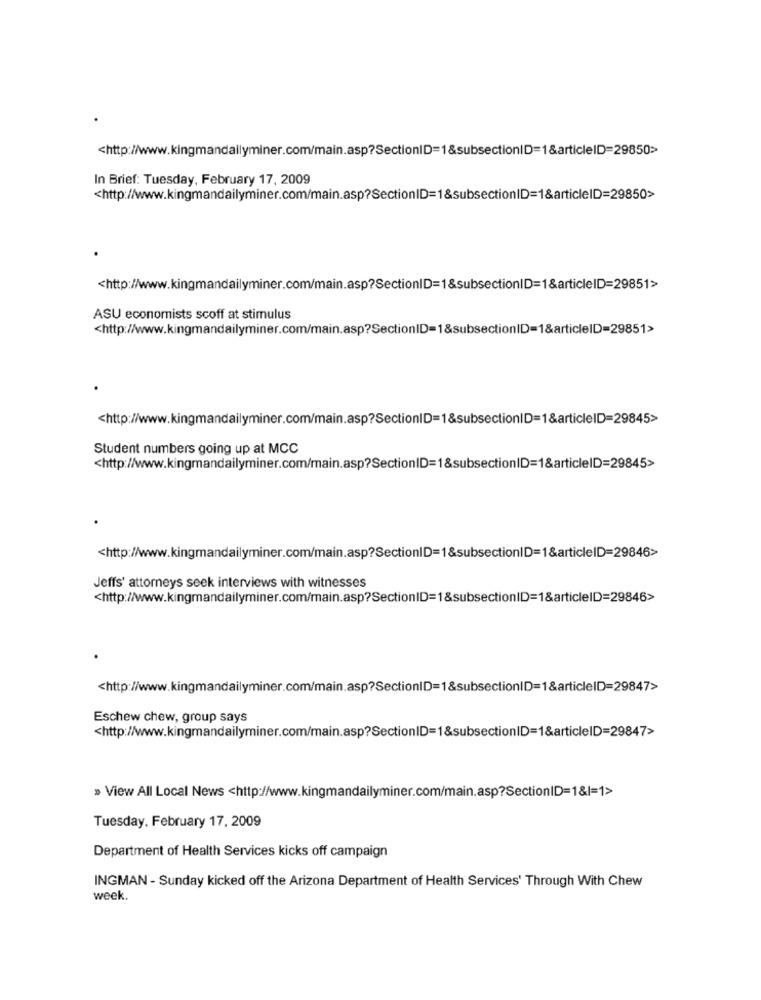
<http://www.kingmandallyminer.com/main.asp?SectionID=1&subsectionID=1&articleID=29850>>
In Brief: Tuesday, February 17, 2009
<http://www.kingmandailyminer.com/main.asp?SectionID=1&subsectionID=1&articleID=29850>
<http://www.kingmandailyminer.com/main.asp?SectionID=1&subsectionID=1&articleID=29851>
ASU economists scoff at stimulus
<http://www.kingmandailyminer.com/main.asp?SectionID=1&subsectionID=1&articleID=29851>
<http://www.kingmandailyminer.com/main.asp?SectionID=1&subsectionID=1&articleID=29845>
Student numbers going up at MCC
<http://www.kingmandailyminer.com/main.asp?SectionID=1&subsectionID=1&articleID=29845>
<http://www.kingmandailyminer.com/main.asp?SectionID=1&subsectionID=1&articleID=29846>
Jeffs' attorneys seek interviews with witnesses
<http://www.kingmandailyminer.com/main.asp?SectionID=1&subsectionID=1&articleID=29846>
<http://www.kingmandailyminer.com/main.asp?SectionID=1&subsectionID=1&articleID=29847>
Eschew chew, group says
<http://www.kingmandailyminer.com/main.asp?SectionID=1&subsectionID=1&articleID=29847>
» View All Local News <http://www.kingmandailyminer.com/main.asp?SectionID=1&|=1>
Tuesday, February 17, 2009
Department of Health Services kicks off campaign
INGMAN - Sunday kicked off the Arizona Department of Health Services' Through With Chew
week.